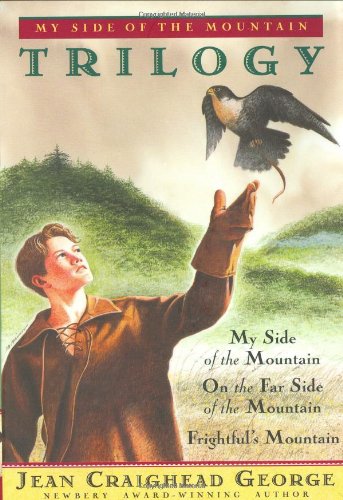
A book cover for My Side of the Mountain Trilogy (My Side of the Mountain / On the Far Side of the Mountain / Frightful's Mountain); Jean Craighead George; Children's Books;